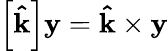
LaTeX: \left[\mathbf{\hat{k}}\right]\mathbf{y}=\mathbf{\hat{k}}\times\mathbf{y}